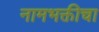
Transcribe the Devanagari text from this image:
नामभक्तीचा